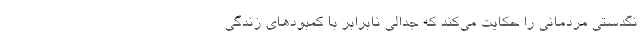
نگدستی مردمانی را حکایت می‌کند که جدالی نابرابر با کمبودهای زندگی